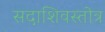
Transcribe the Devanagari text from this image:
सदाशिवस्तोत्र